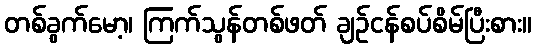
တစ်ခွက်မော့၊ ကြက်သွန်တစ်ဖတ် ချဉ်ငန်စပ်စိမ်ပြီးစား။